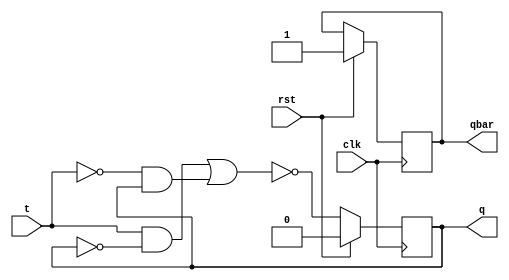
`timescale 1ns / 1ps
//////////////////////////////////////////////////////////////////////////////////
// Company: 
// Engineer: 
// 
// Design Name: 
// Module Name: t_ff
// Project Name: 
// Target Devices: 
// Tool Versions: 
// Description: 
// 
// Dependencies: 
// 
// Revision:
// Revision 0.01 - File Created
// Additional Comments:
// 
//////////////////////////////////////////////////////////////////////////////////


module t_ff(
    input t,clk,rst,
    output reg q,qbar
    ); 
    always@(posedge clk)
    begin
    if(rst)
    begin
    q=0;qbar=1;
    end
    else begin
     q=(t&~q)|(~t&q);
     q=~q;
    end
    end
endmodule